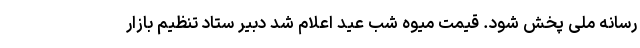
رسانه ملی پخش شود. قیمت میوه شب عید اعلام شد دبیر ستاد تنظیم بازار